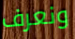
ونعرف